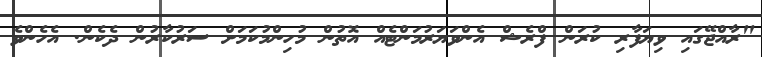
"ރާއްޖޭގައި ވިޔަފާރި ކުރަން ފްރެޝް އެންވަޔަރުމަންޓެއް އޮތުން މުހިންމުކަމަށް ސަރުކާރުން ދެކެން. އެހެންވެ